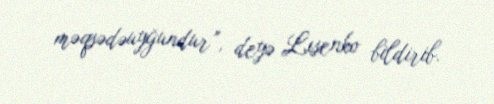
məqsədəuyğundur”, deyə Lısenko bildirib.